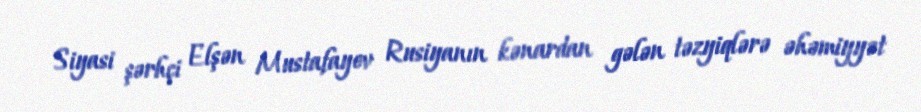
Siyasi şərhçi Elşən Mustafayev Rusiyanın kənardan gələn təzyiqlərə əhəmiyyət